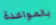
بالمواعدة